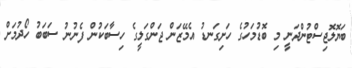
ބަޔޮލޮޖިސްޓުންދަނީ މި ބޮޑުމަހުގެ ހަށިގަނޑު އެމޭޒަން ޖަންގަލީގެ ހިސާބަކުން ފެނުނު ސަބަބު ހޯދުމަށް